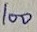
Text: 100